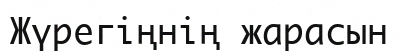
Жүрегіңнің жарасын